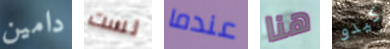
دامين لست عندما هنا كيدو